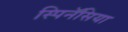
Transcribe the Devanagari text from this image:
स्पिनॅसिया